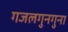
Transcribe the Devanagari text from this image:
गजलगुनगुना